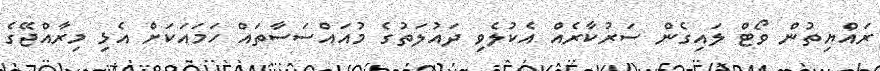
ރައްޔިތުން ވޯޓް ލައިގެން ސަރުކާރެއް އެކުލެވި ދައުލަތުގެ މުއައްސަސާތައް ހަމައަކަށް އެޅި މިރާއްޖޭގެ